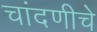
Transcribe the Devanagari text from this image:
चांदणीचे